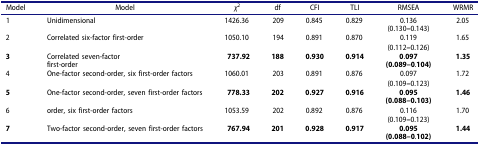
<table><thead><tr><td><b>Model</b></td><td><b>Model</b></td><td><b><i>χ</i><sup>2</sup></b></td><td><b>df</b></td><td><b>CFI</b></td><td><b>TLI</b></td><td><b>RMSEA</b></td><td><b>WRMR</b></td></tr></thead><tbody><tr><td>1</td><td>Unidimensional</td><td>1426.36</td><td>209</td><td>0.845</td><td>0.829</td><td>0.136</td><td>2.05</td></tr><tr><td> </td><td> </td><td> </td><td> </td><td> </td><td> </td><td>(0.130<b>–</b>0.143)</td><td> </td></tr><tr><td>2</td><td>Correlated six-factor first-order</td><td>1050.10</td><td>194</td><td>0.891</td><td>0.870</td><td>0.119</td><td>1.65</td></tr><tr><td> </td><td> </td><td> </td><td> </td><td> </td><td> </td><td>(0.112<b>–</b>0.126)</td><td> </td></tr><tr><td><b>3</b></td><td>Correlated seven-factor</td><td><b>737.92</b></td><td><b>188</b></td><td><b>0.930</b></td><td><b>0.914</b></td><td><b>0</b>.<b>097</b></td><td><b>1.35</b></td></tr><tr><td> </td><td>first-order</td><td> </td><td> </td><td> </td><td> </td><td><b>(0.089</b><b>–</b><b>0</b>.<b>104)</b></td><td> </td></tr><tr><td>4</td><td>One-factor second-order, six first-order factors</td><td>1060.01</td><td>203</td><td>0.891</td><td>0.876</td><td>0.097</td><td>1.72</td></tr><tr><td> </td><td> </td><td> </td><td> </td><td> </td><td> </td><td>(0.109<b>–</b>0.123)</td><td> </td></tr><tr><td><b>5</b></td><td>One-factor second-order, seven first-order factors</td><td><b>778.33</b></td><td><b>202</b></td><td><b>0.927</b></td><td><b>0.916</b></td><td><b>0</b>.<b>095</b></td><td><b>1.46</b></td></tr><tr><td> </td><td> </td><td> </td><td> </td><td> </td><td> </td><td><b>(0.088–0.103)</b></td><td> </td></tr><tr><td>6</td><td>order, six first-order factors</td><td>1053.59</td><td>202</td><td>0.892</td><td>0.876</td><td>0.116</td><td>1.70</td></tr><tr><td> </td><td> </td><td> </td><td> </td><td> </td><td> </td><td>(0.109<b>–</b>0.123)</td><td> </td></tr><tr><td><b>7</b></td><td>Two-factor second-order, seven first-order factors</td><td><b>767.94</b></td><td><b>201</b></td><td><b>0.928</b></td><td><b>0.917</b></td><td><b>0.095</b></td><td><b>1.44</b></td></tr><tr><td> </td><td> </td><td> </td><td> </td><td> </td><td> </td><td><b>(0.088</b><b>–0</b>.<b>102)</b></td><td> </td></tr></tbody></table>